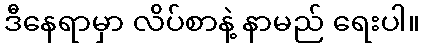
ဒီနေရာမှာ လိပ်စာနဲ့ နာမည် ရေးပါ။